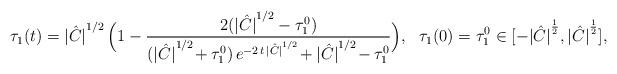
LaTeX: \begin{align*} \tau_1(t) = {|\hat C|}^{1/2}\,\Big(1-\frac{2({|\hat C|}^{1/2}-\tau_1^0)} {({|\hat C|}^{1/2}\!+\tau_1^0)\,e^{-2\,t\,{|\hat C|}^{1/2}}\!+{|\hat C|}^{1/2}\!-\tau_1^0}\Big), \ \ \tau_1(0)=\tau_1^0\in [-{|\hat C|}^{\frac12},{|\hat C|}^{\frac12}],\end{align*}